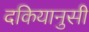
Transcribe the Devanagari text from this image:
दकियानुसी